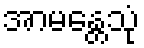
အာမန္တေသုံ